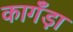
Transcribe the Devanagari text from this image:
कागँड़ा